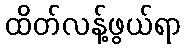
ထိတ်လန့်ဖွယ်ရာ